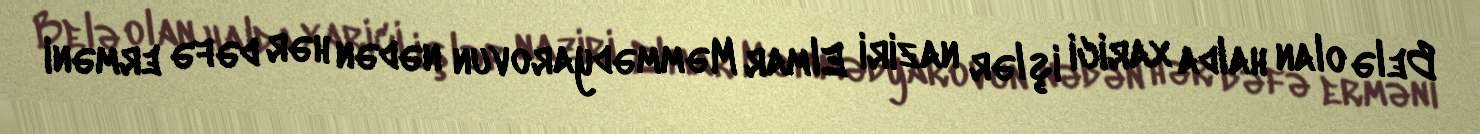
Belə olan halda xarici işlər naziri Elmar Məmmədyarovun nədən hər dəfə erməni